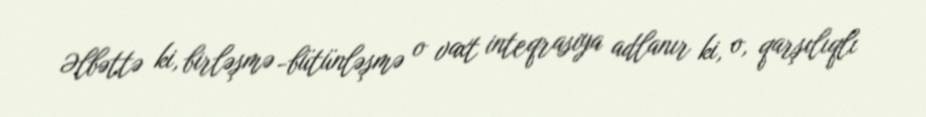
Əlbəttə ki, birləşmə -bütünləşmə o vaxt inteqrasiya adlanır ki, o, qarşılıqlı